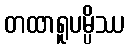
တထာရူပမ္ပိဿ